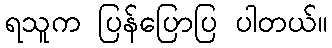
ရသူက ပြန်ပြောပြ ပါတယ်။